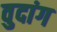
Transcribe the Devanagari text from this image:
वुदांग